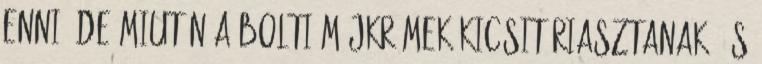
enni, de miután a bolti májkrémek kicsit riasztanak, és